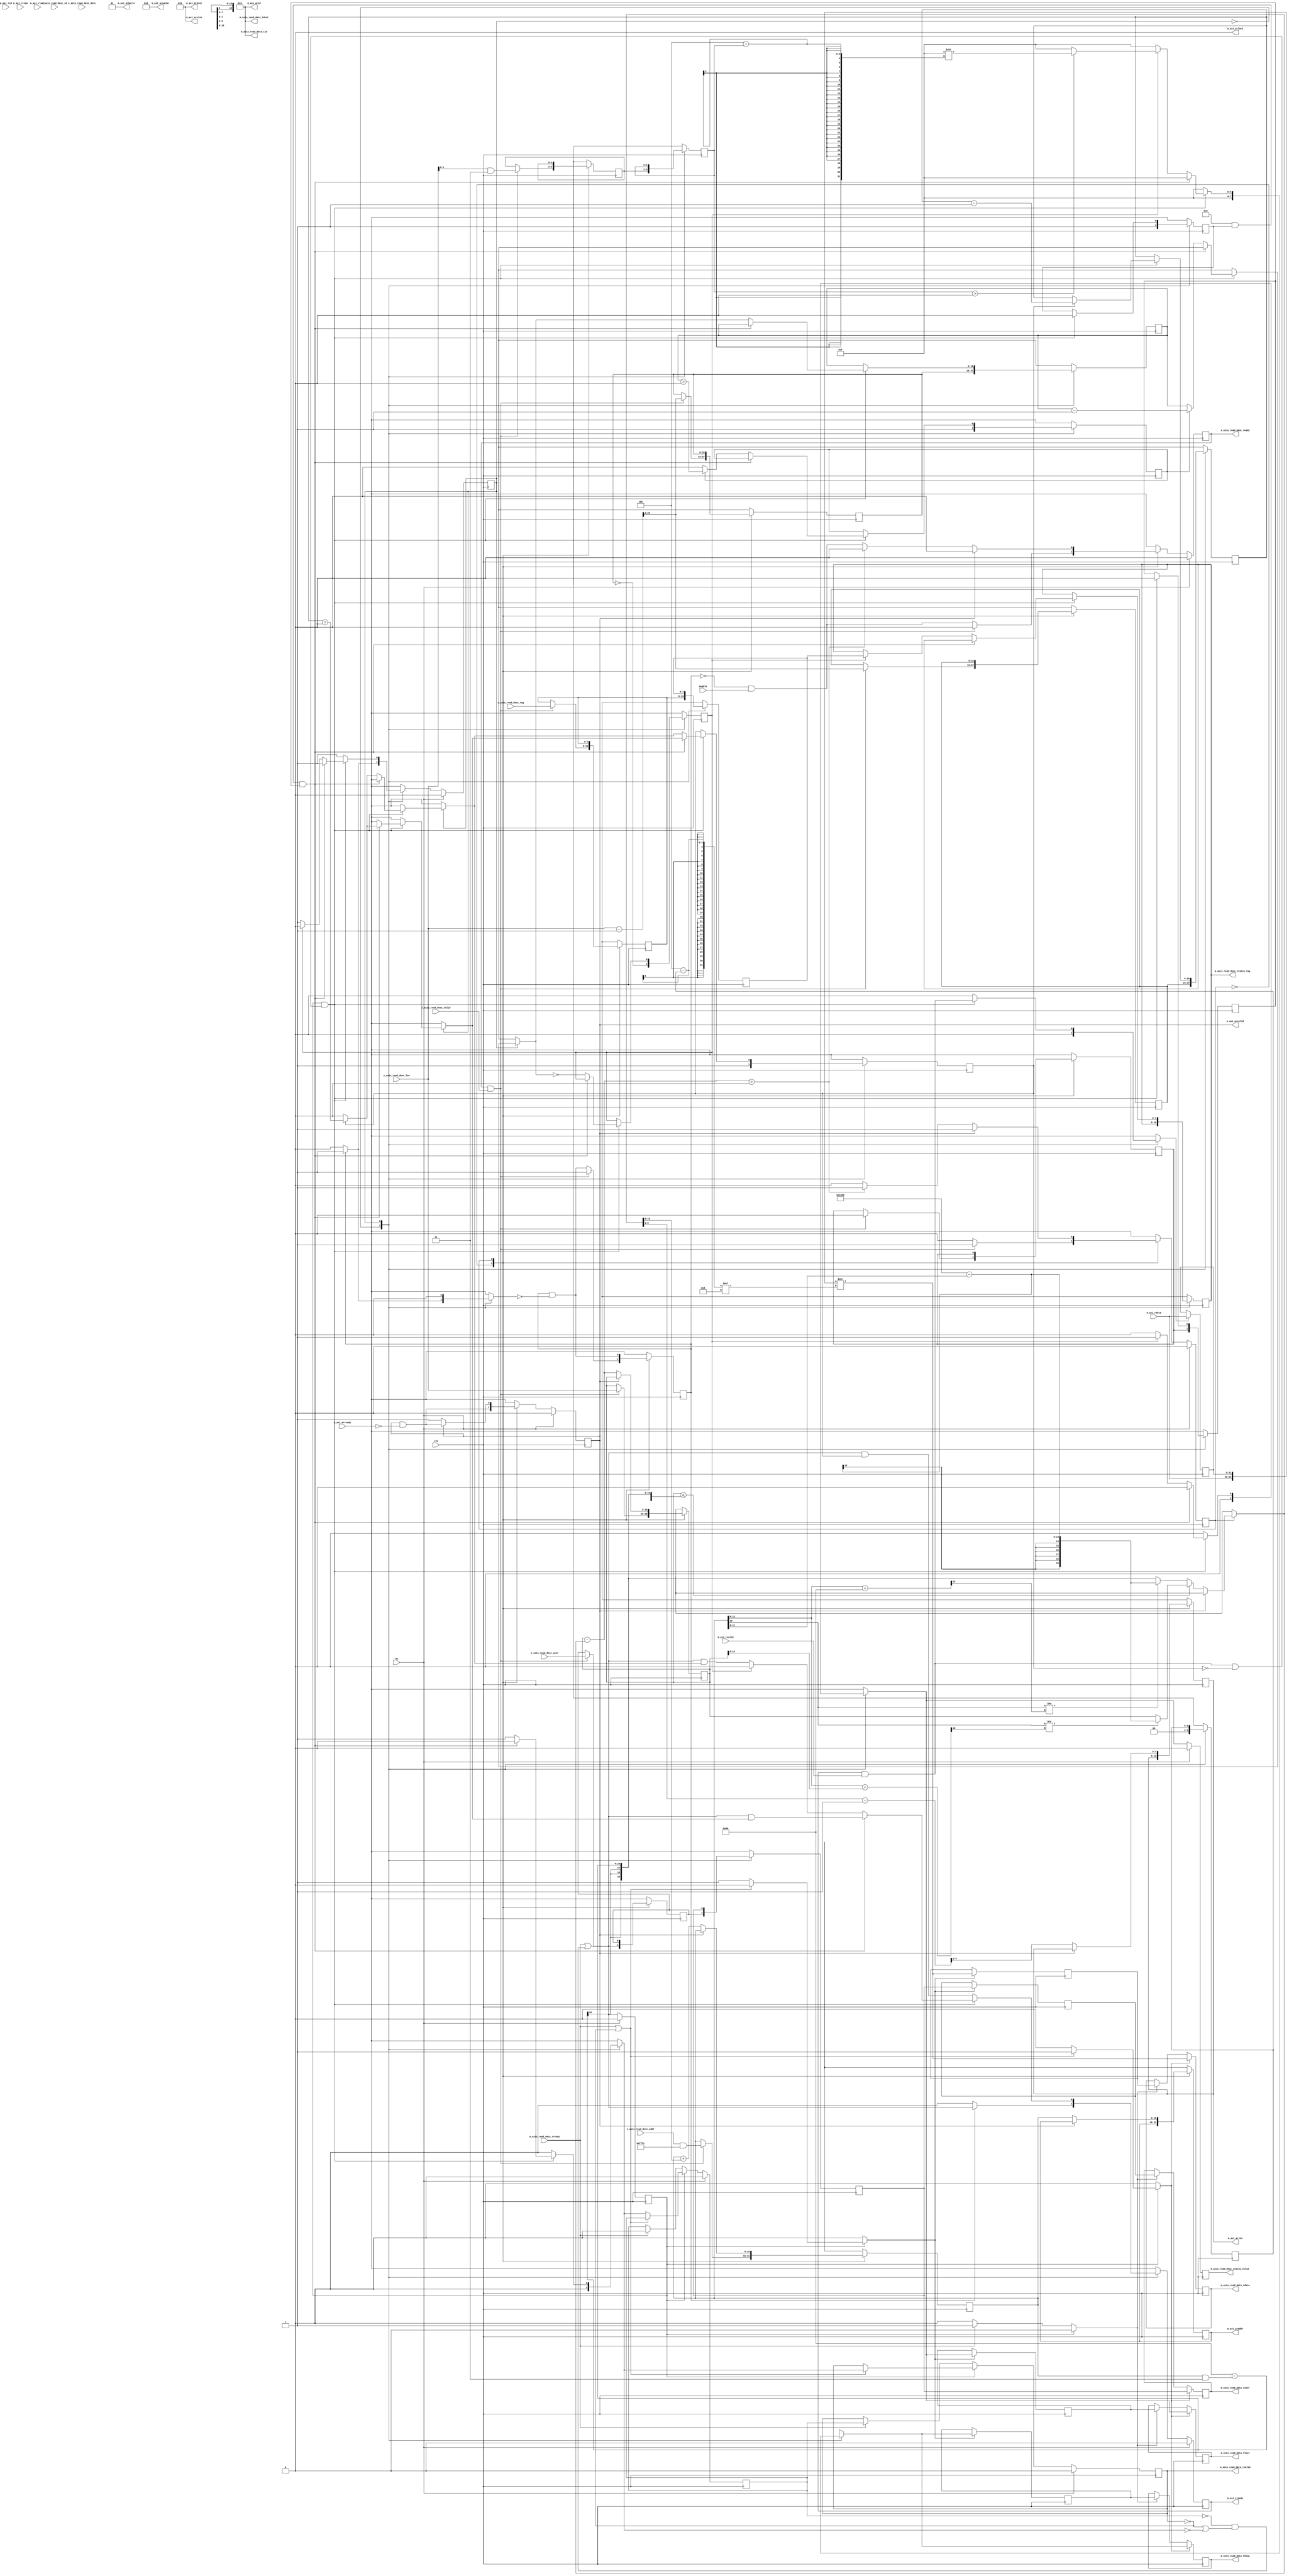
/*

Copyright (c) 2018 Alex Forencich

Permission is hereby granted, free of charge, to any person obtaining a copy
of this software and associated documentation files (the "Software"), to deal
in the Software without restriction, including without limitation the rights
to use, copy, modify, merge, publish, distribute, sublicense, and/or sell
copies of the Software, and to permit persons to whom the Software is
furnished to do so, subject to the following conditions:

The above copyright notice and this permission notice shall be included in
all copies or substantial portions of the Software.

THE SOFTWARE IS PROVIDED "AS IS", WITHOUT WARRANTY OF ANY KIND, EXPRESS OR
IMPLIED, INCLUDING BUT NOT LIMITED TO THE WARRANTIES OF MERCHANTABILITY
FITNESS FOR A PARTICULAR PURPOSE AND NONINFRINGEMENT. IN NO EVENT SHALL THE
AUTHORS OR COPYRIGHT HOLDERS BE LIABLE FOR ANY CLAIM, DAMAGES OR OTHER
LIABILITY, WHETHER IN AN ACTION OF CONTRACT, TORT OR OTHERWISE, ARISING FROM,
OUT OF OR IN CONNECTION WITH THE SOFTWARE OR THE USE OR OTHER DEALINGS IN
THE SOFTWARE.

*/

// Language: Verilog 2001

`timescale 1ns / 1ps

/*
 * AXI4 DMA
 */
module axi_dma_rd #
(
    // Width of AXI data bus in bits
    parameter AXI_DATA_WIDTH = 32,
    // Width of AXI address bus in bits
    parameter AXI_ADDR_WIDTH = 16,
    // Width of AXI wstrb (width of data bus in words)
    parameter AXI_STRB_WIDTH = (AXI_DATA_WIDTH/8),
    // Width of AXI ID signal
    parameter AXI_ID_WIDTH = 8,
    // Maximum AXI burst length to generate
    parameter AXI_MAX_BURST_LEN = 16,
    // Width of AXI stream interfaces in bits
    parameter AXIS_DATA_WIDTH = AXI_DATA_WIDTH,
    // Use AXI stream tkeep signal
    parameter AXIS_KEEP_ENABLE = (AXIS_DATA_WIDTH>8),
    // AXI stream tkeep signal width (words per cycle)
    parameter AXIS_KEEP_WIDTH = (AXIS_DATA_WIDTH/8),
    // Use AXI stream tlast signal
    parameter AXIS_LAST_ENABLE = 1,
    // Propagate AXI stream tid signal
    parameter AXIS_ID_ENABLE = 0,
    // AXI stream tid signal width
    parameter AXIS_ID_WIDTH = 8,
    // Propagate AXI stream tdest signal
    parameter AXIS_DEST_ENABLE = 0,
    // AXI stream tdest signal width
    parameter AXIS_DEST_WIDTH = 8,
    // Propagate AXI stream tuser signal
    parameter AXIS_USER_ENABLE = 1,
    // AXI stream tuser signal width
    parameter AXIS_USER_WIDTH = 1,
    // Width of length field
    parameter LEN_WIDTH = 20,
    // Width of tag field
    parameter TAG_WIDTH = 8,
    // Enable support for scatter/gather DMA
    // (multiple descriptors per AXI stream frame)
    parameter ENABLE_SG = 0,
    // Enable support for unaligned transfers
    parameter ENABLE_UNALIGNED = 0
)
(
    input  wire                       clk,
    input  wire                       rst,

    /*
     * AXI read descriptor input
     */
    input  wire [AXI_ADDR_WIDTH-1:0]  s_axis_read_desc_addr,
    input  wire [LEN_WIDTH-1:0]       s_axis_read_desc_len,
    input  wire [TAG_WIDTH-1:0]       s_axis_read_desc_tag,
    input  wire [AXIS_ID_WIDTH-1:0]   s_axis_read_desc_id,
    input  wire [AXIS_DEST_WIDTH-1:0] s_axis_read_desc_dest,
    input  wire [AXIS_USER_WIDTH-1:0] s_axis_read_desc_user,
    input  wire                       s_axis_read_desc_valid,
    output wire                       s_axis_read_desc_ready,

    /*
     * AXI read descriptor status output
     */
    output wire [TAG_WIDTH-1:0]       m_axis_read_desc_status_tag,
    output wire                       m_axis_read_desc_status_valid,

    /*
     * AXI stream read data output
     */
    output wire [AXIS_DATA_WIDTH-1:0] m_axis_read_data_tdata,
    output wire [AXIS_KEEP_WIDTH-1:0] m_axis_read_data_tkeep,
    output wire                       m_axis_read_data_tvalid,
    input  wire                       m_axis_read_data_tready,
    output wire                       m_axis_read_data_tlast,
    output wire [AXIS_ID_WIDTH-1:0]   m_axis_read_data_tid,
    output wire [AXIS_DEST_WIDTH-1:0] m_axis_read_data_tdest,
    output wire [AXIS_USER_WIDTH-1:0] m_axis_read_data_tuser,

    /*
     * AXI master interface
     */
    output wire [AXI_ID_WIDTH-1:0]    m_axi_arid,
    output wire [AXI_ADDR_WIDTH-1:0]  m_axi_araddr,
    output wire [7:0]                 m_axi_arlen,
    output wire [2:0]                 m_axi_arsize,
    output wire [1:0]                 m_axi_arburst,
    output wire                       m_axi_arlock,
    output wire [3:0]                 m_axi_arcache,
    output wire [2:0]                 m_axi_arprot,
    output wire                       m_axi_arvalid,
    input  wire                       m_axi_arready,
    input  wire [AXI_ID_WIDTH-1:0]    m_axi_rid,
    input  wire [AXI_DATA_WIDTH-1:0]  m_axi_rdata,
    input  wire [1:0]                 m_axi_rresp,
    input  wire                       m_axi_rlast,
    input  wire                       m_axi_rvalid,
    output wire                       m_axi_rready,

    /*
     * Configuration
     */
    input  wire                       enable
);

parameter AXI_WORD_WIDTH = AXI_STRB_WIDTH;
parameter AXI_WORD_SIZE = AXI_DATA_WIDTH/AXI_WORD_WIDTH;
parameter AXI_BURST_SIZE = $clog2(AXI_STRB_WIDTH);
parameter AXI_MAX_BURST_SIZE = AXI_MAX_BURST_LEN << AXI_BURST_SIZE;

parameter AXIS_KEEP_WIDTH_INT = AXIS_KEEP_ENABLE ? AXIS_KEEP_WIDTH : 1;
parameter AXIS_WORD_WIDTH = AXIS_KEEP_WIDTH_INT;
parameter AXIS_WORD_SIZE = AXIS_DATA_WIDTH/AXIS_WORD_WIDTH;

parameter OFFSET_WIDTH = AXI_STRB_WIDTH > 1 ? $clog2(AXI_STRB_WIDTH) : 1;
parameter OFFSET_MASK = AXI_STRB_WIDTH > 1 ? {OFFSET_WIDTH{1'b1}} : 0;
parameter ADDR_MASK = {AXI_ADDR_WIDTH{1'b1}} << $clog2(AXI_STRB_WIDTH);
parameter CYCLE_COUNT_WIDTH = LEN_WIDTH - AXI_BURST_SIZE + 1;

// bus width assertions
initial begin
    if (AXI_WORD_SIZE * AXI_STRB_WIDTH != AXI_DATA_WIDTH) begin
        $error("Error: AXI data width not evenly divisble (instance %m)");
        $finish;
    end

    if (AXIS_WORD_SIZE * AXIS_KEEP_WIDTH_INT != AXIS_DATA_WIDTH) begin
        $error("Error: AXI stream data width not evenly divisble (instance %m)");
        $finish;
    end

    if (AXI_WORD_SIZE != AXIS_WORD_SIZE) begin
        $error("Error: word size mismatch (instance %m)");
        $finish;
    end

    if (2**$clog2(AXI_WORD_WIDTH) != AXI_WORD_WIDTH) begin
        $error("Error: AXI word width must be even power of two (instance %m)");
        $finish;
    end

    if (AXI_DATA_WIDTH != AXIS_DATA_WIDTH) begin
        $error("Error: AXI interface width must match AXI stream interface width (instance %m)");
        $finish;
    end

    if (AXI_MAX_BURST_LEN < 1 || AXI_MAX_BURST_LEN > 256) begin
        $error("Error: AXI_MAX_BURST_LEN must be between 1 and 256 (instance %m)");
        $finish;
    end

    if (ENABLE_SG) begin
        $error("Error: scatter/gather is not yet implemented (instance %m)");
        $finish;
    end
end

localparam [0:0]
    AXI_STATE_IDLE = 1'd0,
    AXI_STATE_START = 1'd1;

reg [0:0] axi_state_reg = AXI_STATE_IDLE, axi_state_next;

localparam [0:0]
    AXIS_STATE_IDLE = 1'd0,
    AXIS_STATE_READ = 1'd1;

reg [0:0] axis_state_reg = AXIS_STATE_IDLE, axis_state_next;

// datapath control signals
reg transfer_in_save;
reg axis_cmd_ready;

reg [AXI_ADDR_WIDTH-1:0] addr_reg = {AXI_ADDR_WIDTH{1'b0}}, addr_next;
reg [LEN_WIDTH-1:0] op_word_count_reg = {LEN_WIDTH{1'b0}}, op_word_count_next;
reg [LEN_WIDTH-1:0] tr_word_count_reg = {LEN_WIDTH{1'b0}}, tr_word_count_next;

reg [OFFSET_WIDTH-1:0] axis_cmd_offset_reg = {OFFSET_WIDTH{1'b0}}, axis_cmd_offset_next;
reg [OFFSET_WIDTH-1:0] axis_cmd_last_cycle_offset_reg = {OFFSET_WIDTH{1'b0}}, axis_cmd_last_cycle_offset_next;
reg [CYCLE_COUNT_WIDTH-1:0] axis_cmd_input_cycle_count_reg = {CYCLE_COUNT_WIDTH{1'b0}}, axis_cmd_input_cycle_count_next;
reg [CYCLE_COUNT_WIDTH-1:0] axis_cmd_output_cycle_count_reg = {CYCLE_COUNT_WIDTH{1'b0}}, axis_cmd_output_cycle_count_next;
reg axis_cmd_bubble_cycle_reg = 1'b0, axis_cmd_bubble_cycle_next;
reg [TAG_WIDTH-1:0] axis_cmd_tag_reg = {TAG_WIDTH{1'b0}}, axis_cmd_tag_next;
reg [AXIS_ID_WIDTH-1:0] axis_cmd_axis_id_reg = {AXIS_ID_WIDTH{1'b0}}, axis_cmd_axis_id_next;
reg [AXIS_DEST_WIDTH-1:0] axis_cmd_axis_dest_reg = {AXIS_DEST_WIDTH{1'b0}}, axis_cmd_axis_dest_next;
reg [AXIS_USER_WIDTH-1:0] axis_cmd_axis_user_reg = {AXIS_USER_WIDTH{1'b0}}, axis_cmd_axis_user_next;
reg axis_cmd_valid_reg = 1'b0, axis_cmd_valid_next;

reg [OFFSET_WIDTH-1:0] offset_reg = {OFFSET_WIDTH{1'b0}}, offset_next;
reg [OFFSET_WIDTH-1:0] last_cycle_offset_reg = {OFFSET_WIDTH{1'b0}}, last_cycle_offset_next;
reg [CYCLE_COUNT_WIDTH-1:0] input_cycle_count_reg = {CYCLE_COUNT_WIDTH{1'b0}}, input_cycle_count_next;
reg [CYCLE_COUNT_WIDTH-1:0] output_cycle_count_reg = {CYCLE_COUNT_WIDTH{1'b0}}, output_cycle_count_next;
reg input_active_reg = 1'b0, input_active_next;
reg output_active_reg = 1'b0, output_active_next;
reg bubble_cycle_reg = 1'b0, bubble_cycle_next;
reg first_cycle_reg = 1'b0, first_cycle_next;
reg output_last_cycle_reg = 1'b0, output_last_cycle_next;

reg [TAG_WIDTH-1:0] tag_reg = {TAG_WIDTH{1'b0}}, tag_next;
reg [AXIS_ID_WIDTH-1:0] axis_id_reg = {AXIS_ID_WIDTH{1'b0}}, axis_id_next;
reg [AXIS_DEST_WIDTH-1:0] axis_dest_reg = {AXIS_DEST_WIDTH{1'b0}}, axis_dest_next;
reg [AXIS_USER_WIDTH-1:0] axis_user_reg = {AXIS_USER_WIDTH{1'b0}}, axis_user_next;

reg s_axis_read_desc_ready_reg = 1'b0, s_axis_read_desc_ready_next;

reg [TAG_WIDTH-1:0] m_axis_read_desc_status_tag_reg = {TAG_WIDTH{1'b0}}, m_axis_read_desc_status_tag_next;
reg m_axis_read_desc_status_valid_reg = 1'b0, m_axis_read_desc_status_valid_next;

reg [AXI_ADDR_WIDTH-1:0] m_axi_araddr_reg = {AXI_ADDR_WIDTH{1'b0}}, m_axi_araddr_next;
reg [7:0] m_axi_arlen_reg = 8'd0, m_axi_arlen_next;
reg m_axi_arvalid_reg = 1'b0, m_axi_arvalid_next;
reg m_axi_rready_reg = 1'b0, m_axi_rready_next;

reg [AXI_DATA_WIDTH-1:0] save_axi_rdata_reg = {AXI_DATA_WIDTH{1'b0}};

wire [AXI_DATA_WIDTH-1:0] shift_axi_rdata = {m_axi_rdata, save_axi_rdata_reg} >> ((AXI_STRB_WIDTH-offset_reg)*AXI_WORD_SIZE);

// internal datapath
reg  [AXIS_DATA_WIDTH-1:0] m_axis_read_data_tdata_int;
reg  [AXIS_KEEP_WIDTH-1:0] m_axis_read_data_tkeep_int;
reg                        m_axis_read_data_tvalid_int;
reg                        m_axis_read_data_tready_int_reg = 1'b0;
reg                        m_axis_read_data_tlast_int;
reg  [AXIS_ID_WIDTH-1:0]   m_axis_read_data_tid_int;
reg  [AXIS_DEST_WIDTH-1:0] m_axis_read_data_tdest_int;
reg  [AXIS_USER_WIDTH-1:0] m_axis_read_data_tuser_int;
wire                       m_axis_read_data_tready_int_early;

assign s_axis_read_desc_ready = s_axis_read_desc_ready_reg;

assign m_axis_read_desc_status_tag = m_axis_read_desc_status_tag_reg;
assign m_axis_read_desc_status_valid = m_axis_read_desc_status_valid_reg;

assign m_axi_arid = {AXI_ID_WIDTH{1'b0}};
assign m_axi_araddr = m_axi_araddr_reg;
assign m_axi_arlen = m_axi_arlen_reg;
assign m_axi_arsize = AXI_BURST_SIZE;
assign m_axi_arburst = 2'b01;
assign m_axi_arlock = 1'b0;
assign m_axi_arcache = 4'b0011;
assign m_axi_arprot = 3'b010;
assign m_axi_arvalid = m_axi_arvalid_reg;
assign m_axi_rready = m_axi_rready_reg;

wire [AXI_ADDR_WIDTH-1:0] addr_plus_max_burst = addr_reg + AXI_MAX_BURST_SIZE;
wire [AXI_ADDR_WIDTH-1:0] addr_plus_count = addr_reg + op_word_count_reg;

always @* begin
    axi_state_next = AXI_STATE_IDLE;

    s_axis_read_desc_ready_next = 1'b0;

    m_axi_araddr_next = m_axi_araddr_reg;
    m_axi_arlen_next = m_axi_arlen_reg;
    m_axi_arvalid_next = m_axi_arvalid_reg && !m_axi_arready;

    addr_next = addr_reg;
    op_word_count_next = op_word_count_reg;
    tr_word_count_next = tr_word_count_reg;

    axis_cmd_offset_next = axis_cmd_offset_reg;
    axis_cmd_last_cycle_offset_next = axis_cmd_last_cycle_offset_reg;
    axis_cmd_input_cycle_count_next = axis_cmd_input_cycle_count_reg;
    axis_cmd_output_cycle_count_next = axis_cmd_output_cycle_count_reg;
    axis_cmd_bubble_cycle_next = axis_cmd_bubble_cycle_reg;
    axis_cmd_tag_next = axis_cmd_tag_reg;
    axis_cmd_axis_id_next = axis_cmd_axis_id_reg;
    axis_cmd_axis_dest_next = axis_cmd_axis_dest_reg;
    axis_cmd_axis_user_next = axis_cmd_axis_user_reg;
    axis_cmd_valid_next = axis_cmd_valid_reg && !axis_cmd_ready;

    case (axi_state_reg)
        AXI_STATE_IDLE: begin
            // idle state - load new descriptor to start operation
            s_axis_read_desc_ready_next = !axis_cmd_valid_reg && enable;

            if (s_axis_read_desc_ready && s_axis_read_desc_valid) begin
                if (ENABLE_UNALIGNED) begin
                    addr_next = s_axis_read_desc_addr;
                    axis_cmd_offset_next = AXI_STRB_WIDTH > 1 ? AXI_STRB_WIDTH - (s_axis_read_desc_addr & OFFSET_MASK) : 0;
                    axis_cmd_bubble_cycle_next = axis_cmd_offset_next > 0;
                    axis_cmd_last_cycle_offset_next = s_axis_read_desc_len & OFFSET_MASK;
                end else begin
                    addr_next = s_axis_read_desc_addr & ADDR_MASK;
                    axis_cmd_offset_next = 0;
                    axis_cmd_bubble_cycle_next = 1'b0;
                    axis_cmd_last_cycle_offset_next = s_axis_read_desc_len & OFFSET_MASK;
                end
                axis_cmd_tag_next = s_axis_read_desc_tag;
                op_word_count_next = s_axis_read_desc_len;

                axis_cmd_axis_id_next = s_axis_read_desc_id;
                axis_cmd_axis_dest_next = s_axis_read_desc_dest;
                axis_cmd_axis_user_next = s_axis_read_desc_user;

                if (ENABLE_UNALIGNED) begin
                    axis_cmd_input_cycle_count_next = (op_word_count_next + (s_axis_read_desc_addr & OFFSET_MASK) - 1) >> AXI_BURST_SIZE;
                end else begin
                    axis_cmd_input_cycle_count_next = (op_word_count_next - 1) >> AXI_BURST_SIZE;
                end
                axis_cmd_output_cycle_count_next = (op_word_count_next - 1) >> AXI_BURST_SIZE;

                axis_cmd_valid_next = 1'b1;

                s_axis_read_desc_ready_next = 1'b0;
                axi_state_next = AXI_STATE_START;
            end else begin
                axi_state_next = AXI_STATE_IDLE;
            end
        end
        AXI_STATE_START: begin
            // start state - initiate new AXI transfer
            if (!m_axi_arvalid) begin
                if (op_word_count_reg <= AXI_MAX_BURST_SIZE - (addr_reg & OFFSET_MASK) || AXI_MAX_BURST_SIZE >= 4096) begin
                    // packet smaller than max burst size
                    if (addr_reg[12] != addr_plus_count[12]) begin
                        // crosses 4k boundary
                        tr_word_count_next = 13'h1000 - addr_reg[11:0];
                    end else begin
                        // does not cross 4k boundary
                        tr_word_count_next = op_word_count_reg;
                    end
                end else begin
                    // packet larger than max burst size
                    if (addr_reg[12] != addr_plus_max_burst[12]) begin
                        // crosses 4k boundary
                        tr_word_count_next = 13'h1000 - addr_reg[11:0];
                    end else begin
                        // does not cross 4k boundary
                        tr_word_count_next = AXI_MAX_BURST_SIZE - (addr_reg & OFFSET_MASK);
                    end
                end

                m_axi_araddr_next = addr_reg;
                if (ENABLE_UNALIGNED) begin
                    m_axi_arlen_next = (tr_word_count_next + (addr_reg & OFFSET_MASK) - 1) >> AXI_BURST_SIZE;
                end else begin
                    m_axi_arlen_next = (tr_word_count_next - 1) >> AXI_BURST_SIZE;
                end
                m_axi_arvalid_next = 1'b1;

                addr_next = addr_reg + tr_word_count_next;
                op_word_count_next = op_word_count_reg - tr_word_count_next;

                if (op_word_count_next > 0) begin
                    axi_state_next = AXI_STATE_START;
                end else begin
                    s_axis_read_desc_ready_next = !axis_cmd_valid_reg && enable;
                    axi_state_next = AXI_STATE_IDLE;
                end
            end else begin
                axi_state_next = AXI_STATE_START;
            end
        end
    endcase
end

always @* begin
    axis_state_next = AXIS_STATE_IDLE;

    m_axis_read_desc_status_tag_next = m_axis_read_desc_status_tag_reg;
    m_axis_read_desc_status_valid_next = 1'b0;

    m_axis_read_data_tdata_int = shift_axi_rdata;
    m_axis_read_data_tkeep_int = {AXIS_KEEP_WIDTH{1'b1}};
    m_axis_read_data_tlast_int = 1'b0;
    m_axis_read_data_tvalid_int = 1'b0;
    m_axis_read_data_tid_int = axis_id_reg;
    m_axis_read_data_tdest_int = axis_dest_reg;
    m_axis_read_data_tuser_int = axis_user_reg;

    m_axi_rready_next = 1'b0;

    transfer_in_save = 1'b0;
    axis_cmd_ready = 1'b0;

    offset_next = offset_reg;
    last_cycle_offset_next = last_cycle_offset_reg;
    input_cycle_count_next = input_cycle_count_reg;
    output_cycle_count_next = output_cycle_count_reg;
    input_active_next = input_active_reg;
    output_active_next = output_active_reg;
    bubble_cycle_next = bubble_cycle_reg;
    first_cycle_next = first_cycle_reg;
    output_last_cycle_next = output_last_cycle_reg;

    tag_next = tag_reg;
    axis_id_next = axis_id_reg;
    axis_dest_next = axis_dest_reg;
    axis_user_next = axis_user_reg;

    case (axis_state_reg)
        AXIS_STATE_IDLE: begin
            // idle state - load new descriptor to start operation
            m_axi_rready_next = 1'b0;

            // store transfer parameters
            if (ENABLE_UNALIGNED) begin
                offset_next = axis_cmd_offset_reg;
            end else begin
                offset_next = 0;
            end
            last_cycle_offset_next = axis_cmd_last_cycle_offset_reg;
            input_cycle_count_next = axis_cmd_input_cycle_count_reg;
            output_cycle_count_next = axis_cmd_output_cycle_count_reg;
            bubble_cycle_next = axis_cmd_bubble_cycle_reg;
            tag_next = axis_cmd_tag_reg;
            axis_id_next = axis_cmd_axis_id_reg;
            axis_dest_next = axis_cmd_axis_dest_reg;
            axis_user_next = axis_cmd_axis_user_reg;

            output_last_cycle_next = output_cycle_count_next == 0;
            input_active_next = 1'b1;
            output_active_next = 1'b1;
            first_cycle_next = 1'b1;

            if (axis_cmd_valid_reg) begin
                axis_cmd_ready = 1'b1;
                m_axi_rready_next = m_axis_read_data_tready_int_early;
                axis_state_next = AXIS_STATE_READ;
            end
        end
        AXIS_STATE_READ: begin
            // handle AXI read data
            m_axi_rready_next = m_axis_read_data_tready_int_early && input_active_reg;

            if (m_axis_read_data_tready_int_reg && ((m_axi_rready && m_axi_rvalid) || !input_active_reg)) begin
                // transfer in AXI read data
                transfer_in_save = m_axi_rready && m_axi_rvalid;

                if (ENABLE_UNALIGNED && first_cycle_reg && bubble_cycle_reg) begin
                    if (input_active_reg) begin
                        input_cycle_count_next = input_cycle_count_reg - 1;
                        input_active_next = input_cycle_count_reg > 0;
                    end
                    bubble_cycle_next = 1'b0;
                    first_cycle_next = 1'b0;

                    m_axi_rready_next = m_axis_read_data_tready_int_early && input_active_next;
                    axis_state_next = AXIS_STATE_READ;
                end else begin
                    // update counters
                    if (input_active_reg) begin
                        input_cycle_count_next = input_cycle_count_reg - 1;
                        input_active_next = input_cycle_count_reg > 0;
                    end
                    if (output_active_reg) begin
                        output_cycle_count_next = output_cycle_count_reg - 1;
                        output_active_next = output_cycle_count_reg > 0;
                    end
                    output_last_cycle_next = output_cycle_count_next == 0;
                    bubble_cycle_next = 1'b0;
                    first_cycle_next = 1'b0;

                    // pass through read data
                    m_axis_read_data_tdata_int = shift_axi_rdata;
                    m_axis_read_data_tkeep_int = {AXIS_KEEP_WIDTH_INT{1'b1}};
                    m_axis_read_data_tvalid_int = 1'b1;

                    if (output_last_cycle_reg) begin
                        // no more data to transfer, finish operation
                        if (last_cycle_offset_reg > 0) begin
                            m_axis_read_data_tkeep_int = {AXIS_KEEP_WIDTH_INT{1'b1}} >> (AXIS_KEEP_WIDTH_INT - last_cycle_offset_reg);
                        end
                        m_axis_read_data_tlast_int = 1'b1;

                        m_axis_read_desc_status_tag_next = tag_reg;
                        m_axis_read_desc_status_valid_next = 1'b1;

                        m_axi_rready_next = 1'b0;
                        axis_state_next = AXIS_STATE_IDLE;
                    end else begin
                        // more cycles in AXI transfer
                        m_axi_rready_next = m_axis_read_data_tready_int_early && input_active_next;
                        axis_state_next = AXIS_STATE_READ;
                    end
                end
            end else begin
                axis_state_next = AXIS_STATE_READ;
            end
        end
    endcase
end

always @(posedge clk) begin
    if (rst) begin
        axi_state_reg <= AXI_STATE_IDLE;
        axis_state_reg <= AXIS_STATE_IDLE;
        axis_cmd_valid_reg <= 1'b0;
        s_axis_read_desc_ready_reg <= 1'b0;
        m_axis_read_desc_status_valid_reg <= 1'b0;
        m_axi_arvalid_reg <= 1'b0;
        m_axi_rready_reg <= 1'b0;
    end else begin
        axi_state_reg <= axi_state_next;
        axis_state_reg <= axis_state_next;
        axis_cmd_valid_reg <= axis_cmd_valid_next;
        s_axis_read_desc_ready_reg <= s_axis_read_desc_ready_next;
        m_axis_read_desc_status_valid_reg <= m_axis_read_desc_status_valid_next;
        m_axi_arvalid_reg <= m_axi_arvalid_next;
        m_axi_rready_reg <= m_axi_rready_next;
    end

    m_axis_read_desc_status_tag_reg <= m_axis_read_desc_status_tag_next;

    m_axi_araddr_reg <= m_axi_araddr_next;
    m_axi_arlen_reg <= m_axi_arlen_next;

    addr_reg <= addr_next;
    op_word_count_reg <= op_word_count_next;
    tr_word_count_reg <= tr_word_count_next;

    axis_cmd_offset_reg <= axis_cmd_offset_next;
    axis_cmd_last_cycle_offset_reg <= axis_cmd_last_cycle_offset_next;
    axis_cmd_input_cycle_count_reg <= axis_cmd_input_cycle_count_next;
    axis_cmd_output_cycle_count_reg <= axis_cmd_output_cycle_count_next;
    axis_cmd_bubble_cycle_reg <= axis_cmd_bubble_cycle_next;
    axis_cmd_tag_reg <= axis_cmd_tag_next;
    axis_cmd_axis_id_reg <= axis_cmd_axis_id_next;
    axis_cmd_axis_dest_reg <= axis_cmd_axis_dest_next;
    axis_cmd_axis_user_reg <= axis_cmd_axis_user_next;
    axis_cmd_valid_reg <= axis_cmd_valid_next;

    offset_reg <= offset_next;
    last_cycle_offset_reg <= last_cycle_offset_next;
    input_cycle_count_reg <= input_cycle_count_next;
    output_cycle_count_reg <= output_cycle_count_next;
    input_active_reg <= input_active_next;
    output_active_reg <= output_active_next;
    bubble_cycle_reg <= bubble_cycle_next;
    first_cycle_reg <= first_cycle_next;
    output_last_cycle_reg <= output_last_cycle_next;

    tag_reg <= tag_next;
    axis_id_reg <= axis_id_next;
    axis_dest_reg <= axis_dest_next;
    axis_user_reg <= axis_user_next;

    if (transfer_in_save) begin
        save_axi_rdata_reg <= m_axi_rdata;
    end
end

// output datapath logic
reg [AXIS_DATA_WIDTH-1:0] m_axis_read_data_tdata_reg  = {AXIS_DATA_WIDTH{1'b0}};
reg [AXIS_KEEP_WIDTH-1:0] m_axis_read_data_tkeep_reg  = {AXIS_KEEP_WIDTH{1'b0}};
reg                       m_axis_read_data_tvalid_reg = 1'b0, m_axis_read_data_tvalid_next;
reg                       m_axis_read_data_tlast_reg  = 1'b0;
reg [AXIS_ID_WIDTH-1:0]   m_axis_read_data_tid_reg    = {AXIS_ID_WIDTH{1'b0}};
reg [AXIS_DEST_WIDTH-1:0] m_axis_read_data_tdest_reg  = {AXIS_DEST_WIDTH{1'b0}};
reg [AXIS_USER_WIDTH-1:0] m_axis_read_data_tuser_reg  = {AXIS_USER_WIDTH{1'b0}};

reg [AXIS_DATA_WIDTH-1:0] temp_m_axis_read_data_tdata_reg  = {AXIS_DATA_WIDTH{1'b0}};
reg [AXIS_KEEP_WIDTH-1:0] temp_m_axis_read_data_tkeep_reg  = {AXIS_KEEP_WIDTH{1'b0}};
reg                       temp_m_axis_read_data_tvalid_reg = 1'b0, temp_m_axis_read_data_tvalid_next;
reg                       temp_m_axis_read_data_tlast_reg  = 1'b0;
reg [AXIS_ID_WIDTH-1:0]   temp_m_axis_read_data_tid_reg    = {AXIS_ID_WIDTH{1'b0}};
reg [AXIS_DEST_WIDTH-1:0] temp_m_axis_read_data_tdest_reg  = {AXIS_DEST_WIDTH{1'b0}};
reg [AXIS_USER_WIDTH-1:0] temp_m_axis_read_data_tuser_reg  = {AXIS_USER_WIDTH{1'b0}};

// datapath control
reg store_axis_int_to_output;
reg store_axis_int_to_temp;
reg store_axis_temp_to_output;

assign m_axis_read_data_tdata  = m_axis_read_data_tdata_reg;
assign m_axis_read_data_tkeep  = AXIS_KEEP_ENABLE ? m_axis_read_data_tkeep_reg : {AXIS_KEEP_WIDTH{1'b1}};
assign m_axis_read_data_tvalid = m_axis_read_data_tvalid_reg;
assign m_axis_read_data_tlast  = AXIS_LAST_ENABLE ? m_axis_read_data_tlast_reg : 1'b1;
assign m_axis_read_data_tid    = AXIS_ID_ENABLE   ? m_axis_read_data_tid_reg   : {AXIS_ID_WIDTH{1'b0}};
assign m_axis_read_data_tdest  = AXIS_DEST_ENABLE ? m_axis_read_data_tdest_reg : {AXIS_DEST_WIDTH{1'b0}};
assign m_axis_read_data_tuser  = AXIS_USER_ENABLE ? m_axis_read_data_tuser_reg : {AXIS_USER_WIDTH{1'b0}};

// enable ready input next cycle if output is ready or the temp reg will not be filled on the next cycle (output reg empty or no input)
assign m_axis_read_data_tready_int_early = m_axis_read_data_tready || (!temp_m_axis_read_data_tvalid_reg && (!m_axis_read_data_tvalid_reg || !m_axis_read_data_tvalid_int));

always @* begin
    // transfer sink ready state to source
    m_axis_read_data_tvalid_next = m_axis_read_data_tvalid_reg;
    temp_m_axis_read_data_tvalid_next = temp_m_axis_read_data_tvalid_reg;

    store_axis_int_to_output = 1'b0;
    store_axis_int_to_temp = 1'b0;
    store_axis_temp_to_output = 1'b0;

    if (m_axis_read_data_tready_int_reg) begin
        // input is ready
        if (m_axis_read_data_tready || !m_axis_read_data_tvalid_reg) begin
            // output is ready or currently not valid, transfer data to output
            m_axis_read_data_tvalid_next = m_axis_read_data_tvalid_int;
            store_axis_int_to_output = 1'b1;
        end else begin
            // output is not ready, store input in temp
            temp_m_axis_read_data_tvalid_next = m_axis_read_data_tvalid_int;
            store_axis_int_to_temp = 1'b1;
        end
    end else if (m_axis_read_data_tready) begin
        // input is not ready, but output is ready
        m_axis_read_data_tvalid_next = temp_m_axis_read_data_tvalid_reg;
        temp_m_axis_read_data_tvalid_next = 1'b0;
        store_axis_temp_to_output = 1'b1;
    end
end

always @(posedge clk) begin
    if (rst) begin
        m_axis_read_data_tvalid_reg <= 1'b0;
        m_axis_read_data_tready_int_reg <= 1'b0;
        temp_m_axis_read_data_tvalid_reg <= 1'b0;
    end else begin
        m_axis_read_data_tvalid_reg <= m_axis_read_data_tvalid_next;
        m_axis_read_data_tready_int_reg <= m_axis_read_data_tready_int_early;
        temp_m_axis_read_data_tvalid_reg <= temp_m_axis_read_data_tvalid_next;
    end

    // datapath
    if (store_axis_int_to_output) begin
        m_axis_read_data_tdata_reg <= m_axis_read_data_tdata_int;
        m_axis_read_data_tkeep_reg <= m_axis_read_data_tkeep_int;
        m_axis_read_data_tlast_reg <= m_axis_read_data_tlast_int;
        m_axis_read_data_tid_reg   <= m_axis_read_data_tid_int;
        m_axis_read_data_tdest_reg <= m_axis_read_data_tdest_int;
        m_axis_read_data_tuser_reg <= m_axis_read_data_tuser_int;
    end else if (store_axis_temp_to_output) begin
        m_axis_read_data_tdata_reg <= temp_m_axis_read_data_tdata_reg;
        m_axis_read_data_tkeep_reg <= temp_m_axis_read_data_tkeep_reg;
        m_axis_read_data_tlast_reg <= temp_m_axis_read_data_tlast_reg;
        m_axis_read_data_tid_reg   <= temp_m_axis_read_data_tid_reg;
        m_axis_read_data_tdest_reg <= temp_m_axis_read_data_tdest_reg;
        m_axis_read_data_tuser_reg <= temp_m_axis_read_data_tuser_reg;
    end

    if (store_axis_int_to_temp) begin
        temp_m_axis_read_data_tdata_reg <= m_axis_read_data_tdata_int;
        temp_m_axis_read_data_tkeep_reg <= m_axis_read_data_tkeep_int;
        temp_m_axis_read_data_tlast_reg <= m_axis_read_data_tlast_int;
        temp_m_axis_read_data_tid_reg   <= m_axis_read_data_tid_int;
        temp_m_axis_read_data_tdest_reg <= m_axis_read_data_tdest_int;
        temp_m_axis_read_data_tuser_reg <= m_axis_read_data_tuser_int;
    end
end

endmodule